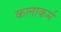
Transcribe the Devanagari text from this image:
कलाकर्म